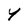
Character: Y